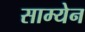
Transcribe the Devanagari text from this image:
साम्येन